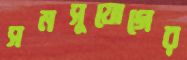
সমসুযোগের